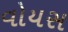
વોયસ